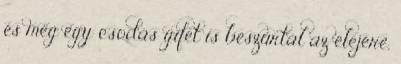
és még egy csodás gifet is beszúrtál az elejére,